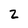
Character: 2